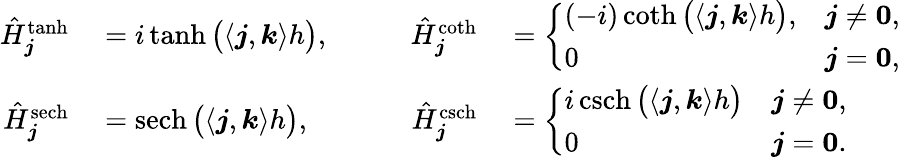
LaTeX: \begin{array}{rlrl}{\hat{H}_{\boldsymbol j}^{\operatorname{tanh}}}&{{}=i\operatorname{tanh}\big(\langle\boldsymbol j,\boldsymbol k\rangle h\big),}&{\qquad\hat{H}_{\boldsymbol j}^{\coth}}&{{}=\left\{ \begin{array}{ll}{(-i)\coth\big(\langle\boldsymbol j,\boldsymbol k\rangle h\big),}&{\boldsymbol j\ne\boldsymbol 0,}\\ {0}&{\boldsymbol j=\boldsymbol 0,}\end{array}\right.}\\ {\hat{H}_{\boldsymbol j}^{\operatorname{sech}}}&{{}=\operatorname{sech}\big(\langle\boldsymbol j,\boldsymbol k\rangle h\big),}&{\qquad\hat{H}_{\boldsymbol j}^{\operatorname{csch}}}&{{}=\left\{ \begin{array}{ll}{i\operatorname{csch}\big(\langle\boldsymbol j,\boldsymbol k\rangle h\big)}&{\boldsymbol j\ne\boldsymbol 0,}\\ {0}&{\boldsymbol j=\boldsymbol 0.}\end{array}\right.}\end{array}